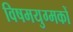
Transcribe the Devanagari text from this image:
विषमयुग्मकों